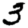
Digit: 3